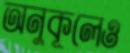
অনুকূলেও